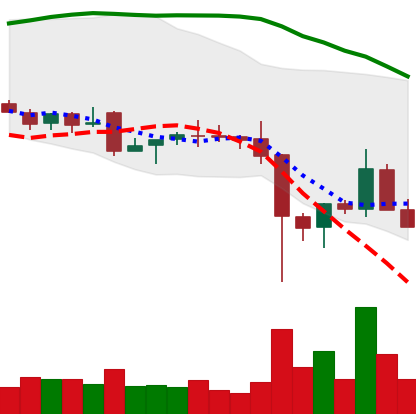
Ticker: EOS-USD
Chart end date: 2021-12-10
Forward return: 10.564%
Label: up_7plus